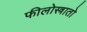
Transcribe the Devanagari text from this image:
फीलोस्त्रातो